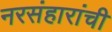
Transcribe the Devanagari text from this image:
नरसंहारांची